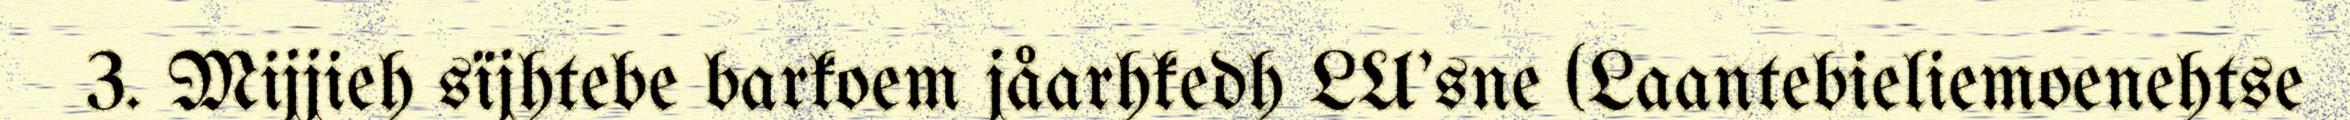
3. Mijjieh sïjhtebe barkoem jåarhkedh LU'sne (Laantebieliemoenehtse